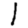
Digit: 1